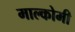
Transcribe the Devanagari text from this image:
माल्कोमी